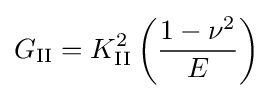
G_{\rm {II}}=K_{\rm {II}}^{2}\left({\frac {1-\nu ^{2}}{E}}\right)